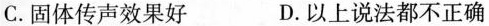
C. 固体传声效果好 D. 以上说法都不正确